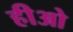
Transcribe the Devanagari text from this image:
हीओ